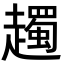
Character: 䟉